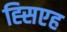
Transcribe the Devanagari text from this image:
ह्सिएह